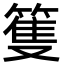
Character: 篗